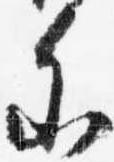
参